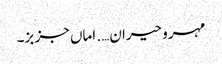
مہرو حیران…. اماں جز بز۔